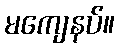
မကျေနပ်။